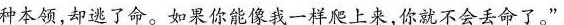
种本领，却逃了命。如果你能像我一样爬上来，你就不会丢命了。